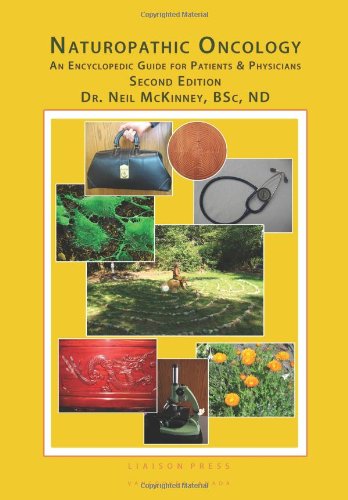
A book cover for Naturopathic Oncology; Neil McKinney; Health, Fitness & Dieting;